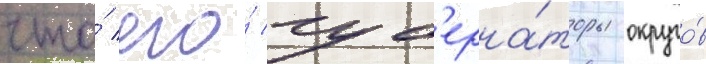
что́ его́ губ'ерна́торы округо́в